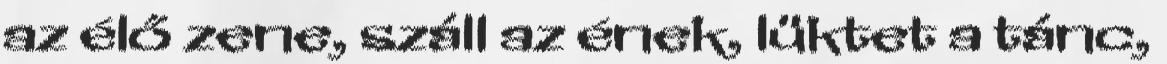
az élő zene, száll az ének, lüktet a tánc,